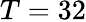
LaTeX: T=32